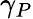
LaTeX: \gamma_{P}